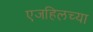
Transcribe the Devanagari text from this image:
एजहिलच्या